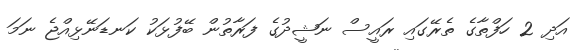
އަދި 2 ހަފްތާގެ ތެރޭގައި ރައީސް ނަޝީދުގެ ފަރާތުން ބޭފުޅަކު ކަނޑަނޭޅިއްޖެ ނަމަ